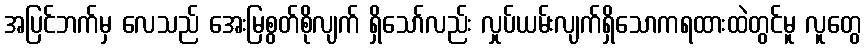
အပြင်ဘက်မှ လေသည် အေးမြစွတ်စိုလျက် ရှိသော်လည်း လှုပ်ယမ်းလျက်ရှိသောကရထားထဲတွင်မူ လူတွေ